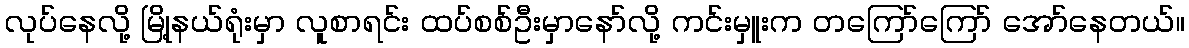
လုပ်နေလို့ မြို့နယ်ရုံးမှာ လူစာရင်း ထပ်စစ်ဦးမှာနော်လို့ ကင်းမှူးက တကြော်ကြော် အော်နေတယ်။